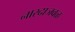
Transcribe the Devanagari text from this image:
नारदाजवळ